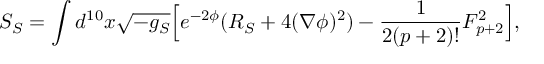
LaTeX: S _ { S } = \int d ^ { 1 0 } x \sqrt { - g _ { S } } \Big [ e ^ { - 2 \phi } ( R _ { S } + 4 ( \nabla \phi ) ^ { 2 } ) - { \frac { 1 } { 2 ( p + 2 ) ! } } F _ { p + 2 } ^ { 2 } \Big ] ,